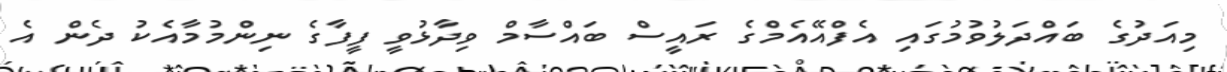
މިއަދުގެ ބައްދަލުވުމުގައި އެފްއޭއެމްގެ ރައީސް ބައްސާމް ވިދާޅުވީ ފީފާގެ ނިންމުމާއެކު ދެން އެ